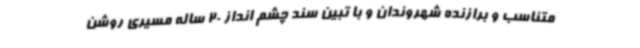
متناسب و برازنده شهروندان و با تبین سند چشم انداز 20 ساله مسیری روشن